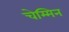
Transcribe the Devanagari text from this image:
चेम्मिन